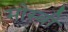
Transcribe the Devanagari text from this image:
मोस्बी